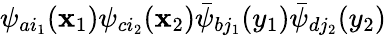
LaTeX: \psi_{ai_{1}}(\mathbf{x}_{1})\psi_{ci_{2}}(\mathbf{x}_{2})\bar{{\psi}}_{bj_{1}}(y_{1})\bar{{\psi}}_{dj_{2}}(y_{2})